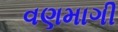
વણમાગી